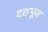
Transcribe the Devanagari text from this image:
दशभूज